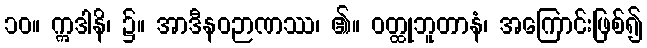
၁၀။ ဣဒါနိ၊ ၌။ အာဒီနဝဉာဏဿ၊ ၏။ ဝတ္ထုဘူတာနံ၊ အကြောင်းဖြစ်၍